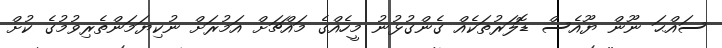
ސައްޙަ ނޫން ޔޫއެސް ޑޮލަރުތަކެއް ގެންގުޅުނު މީހެއްގެ މައްޗަށް އަމުރަށް ނުކިޔަމަންތެރިވުމުގެ ކުށް